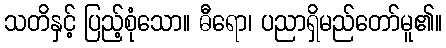
သတိနှင့် ပြည့်စုံသော။ ဓီရော၊ ပညာရှိမည်တော်မူ၏။